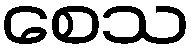
စေသ